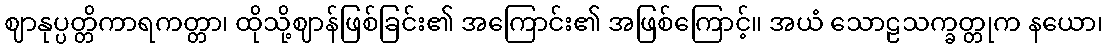
ဈာနုပ္ပတ္တိကာရကတ္တာ၊ ထိုသို့ဈာန်ဖြစ်ခြင်း၏ အကြောင်း၏ အဖြစ်ကြောင့်။ အယံ သောဠသက္ခတ္တုက နယော၊